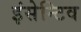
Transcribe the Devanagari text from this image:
इंसेन्टिव